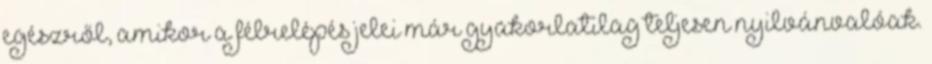
egészről, amikor a félrelépés jelei már gyakorlatilag teljesen nyilvánvalóak.